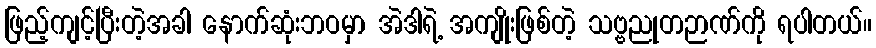
ဖြည့်ကျင့်ပြီးတဲ့အခါ နောက်ဆုံးဘဝမှာ အဲဒါရဲ့ အကျိုးဖြစ်တဲ့ သဗ္ဗညုတဉာဏ်ကို ရပါတယ်။